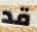
قد